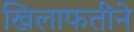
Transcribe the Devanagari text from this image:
खिलाफतीने